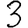
Digit: 3